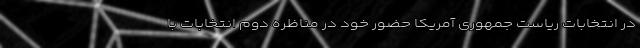
در انتخابات ریاست جمهوری آمریکا حضور خود در مناظره دوم انتخابات با